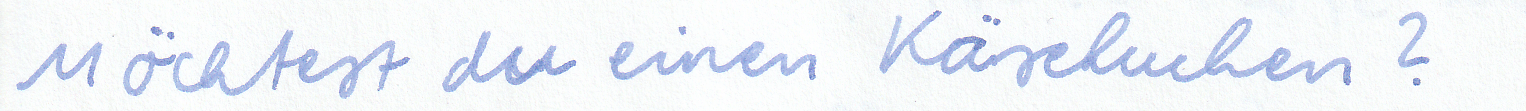
Möchtest du einen Käsekuchen?